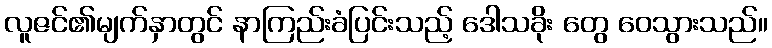
လူဇင်၏မျက်နှာတွင် နာကြည်းခံပြင်းသည့် ဒေါသခိုး တွေ ဝေသွားသည်။